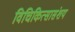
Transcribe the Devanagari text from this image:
विचिकित्सासंशय